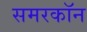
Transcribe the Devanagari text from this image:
समरकॉन